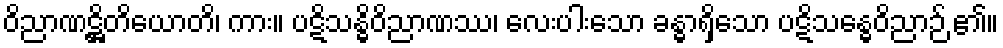
ဝိညာဏဋ္ဌိတိယောတိ၊ ကား။ ပဋိသန္ဓိဝိညာဏဿ၊ လေးပါးသော ခန္ဓာရှိသော ပဋိသန္ဓေဝိညာဉ် ၏။